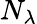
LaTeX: N_{\lambda}